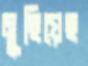
মুছিয়েছ